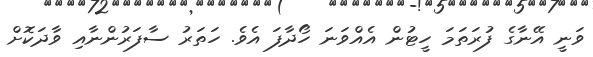
ވަނީ އޭނާގެ ފުރަތަމަ ހީޓުން އެއްވަނަ ހޯދާފަ އެވެ. ހަތަރު ސާފަރުންނާއި ވާދަކޮށް